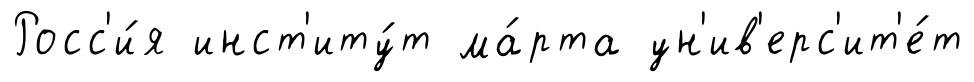
Росс'и́я инст'иту́т ма́рта ун'ив'ерс'ит'е́т